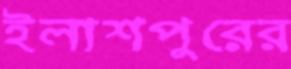
ইলাশপুরের